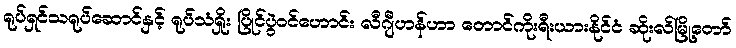
ရုပ်ရှင်သရုပ်ဆောင်နှင့် ရုပ်သံရှိုး ပြိုင်ပွဲဝင်ဟောင်း လီဂျီဟန်ဟာ တောင်ကိုးရီးယားနိုင်ငံ ဆိုးလ်မြို့တော်